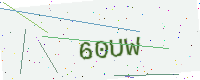
Text: 60UW